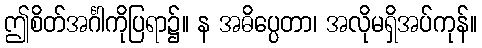
ဤစိတ်အင်္ဂါကိုပြရာ၌။ န အဓိပ္ပေတာ၊ အလိုမရှိအပ်ကုန်။